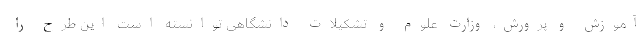
آموزش و پرورش، وزارت علوم و تشکیلات دانشگاهی توانسته است این طرح را